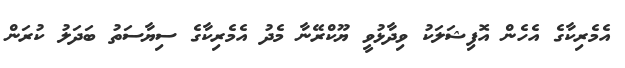
އެމެރިކާގެ އެހެން އޮފިޝަލަކު ވިދާޅުވީ ޔޫކްރޭނާ މެދު އެމެރިކާގެ ސިޔާސަތު ބަދަލު ކުރަން